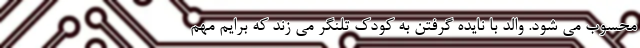
محسوب می شود. والد با نایده گرفتن به کودک تلنگر می زند که برایم مهم